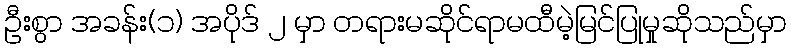
ဦးစွာ အခန်း(၁) အပိုဒ် ၂ မှာ တရားမဆိုင်ရာမထီမဲ့မြင်ပြုမှုဆိုသည်မှာ